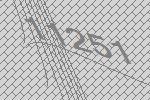
11251